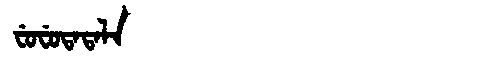
Manchu: ᠸᡠᠸᡠᡨᠠᡨᠠᠯᠠ
Romanization: FUFUTATALA